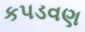
કપડવણ